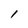
Character: l